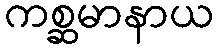
ကစ္ဆမာနာယ